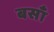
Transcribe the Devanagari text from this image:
बसाँ